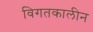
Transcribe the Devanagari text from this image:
विगतकालीन